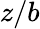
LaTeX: z/b